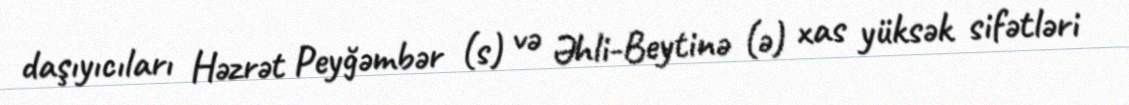
daşıyıcıları Həzrət Peyğəmbər (s) və Əhli-Beytinə (ə) xas yüksək sifətləri